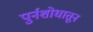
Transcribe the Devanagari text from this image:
पुर्नशोधातून